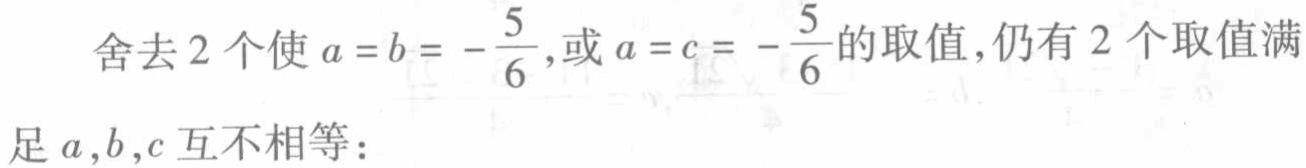
舍去 2 个使 \(a = b = -\frac{5}{6}\)，或 \(a = c = -\frac{5}{6}\) 的取值，仍有 2 个取值满足 \(a,b,c\) 互不相等：